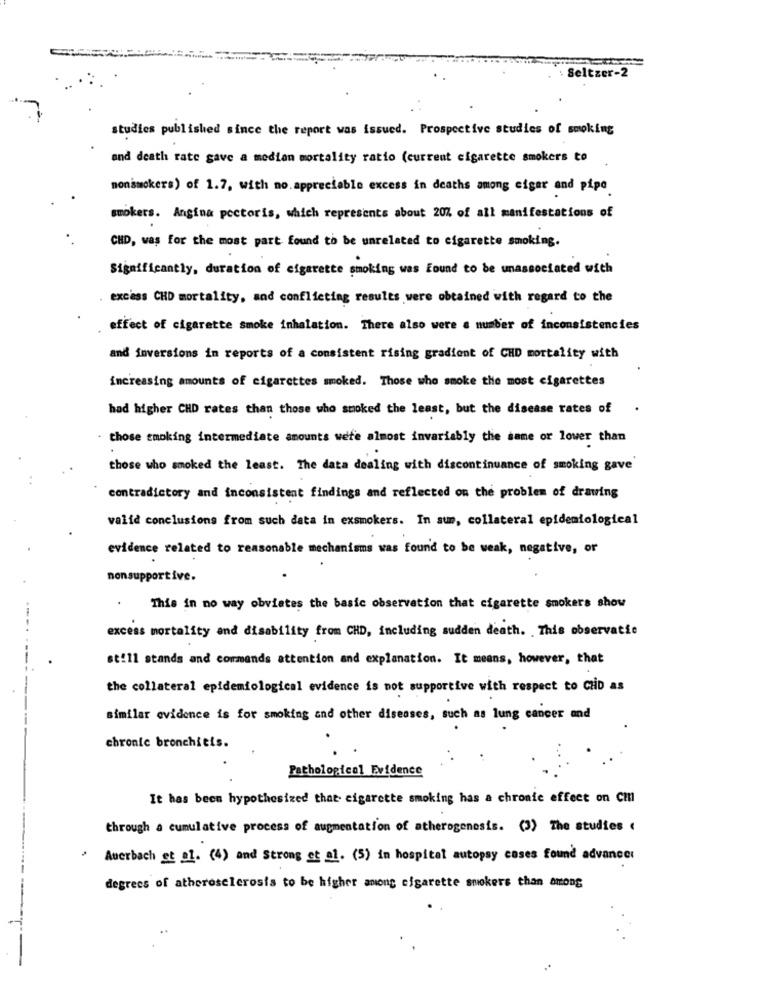
Seltzer-2
studies published since the report was issued. Prospective studies of smoking
and death rate gave a median mortality ratio (current cigarette smokers to
nonsmokers) of 1.7, with no. appreciable excess in deaths among cigar and pipe
smokers. Angina pectoris, which represents about 20% of all manifestations of
CHD, was for the most part found to be unrelated to cigarette smoking.
Significantly, duration of cigarette smoking was Found to be unassociated with
excess CHD mortality, and conflicting results were obtained with regard to the
effect of cigarette smoke inhalation. There also were a number of inconsistencies
and inversions in reports of a consistent rising gradient of CHD mortality with
increasing amounts of cigarettes smoked. Those who smoke the most cigarettes
had higher CHD rates than those who smoked the least, but the disease rates of
. those smoking intermediate amounts were almost invariably the same or lower than
those who smoked the least. The data dealing with discontinuance of smoking gave'
contradictory and inconsistent findings and reflected on the problem of drawing
valid conclusions from such data in exsmokers. In aum, collateral epidemiological
evidence related to reasonable mechanisms was found to be weak, negative, or
nonsupportive.
This in no way obviates the basic observation that cigarette smokers show
excess mortality and disability from CHD, including sudden death. This observatie
--
st!11 stands and commands attention and explanation. It means, however, that
the collateral epidemiological evidence is not supportive with respect to CHD as
--
similar evidence is for smoking and other diseases, such as lung cancer and
chronic bronchitis.
Pathological Evidence
It has been hypothesized that cigarette smoking has a chronic effect on Cml
through a cumulative process of augmentation of atherogenesis. (3) The studies .
Auerbach et al. (4) and Strong et al. (5) in hospital autopsy cases found advance:
degrees of atherosclerosis to be higher among cigarette smokers than among